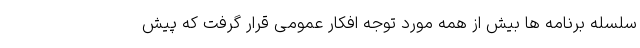
سلسله برنامه ها بیش از همه مورد توجه افکار عمومی قرار گرفت که پیش